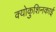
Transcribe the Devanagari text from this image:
क्योकुशिनकाई